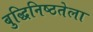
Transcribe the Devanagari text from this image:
बुद्धिनिष्ठतेला